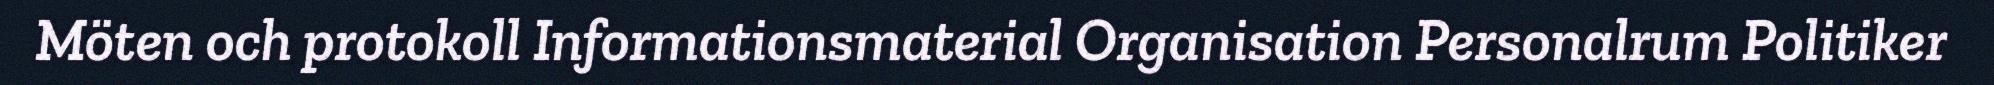
Möten och protokoll Informationsmaterial Organisation Personalrum Politiker